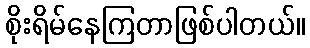
စိုးရိမ်နေကြတာဖြစ်ပါတယ်။